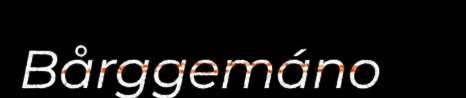
Bårggemáno